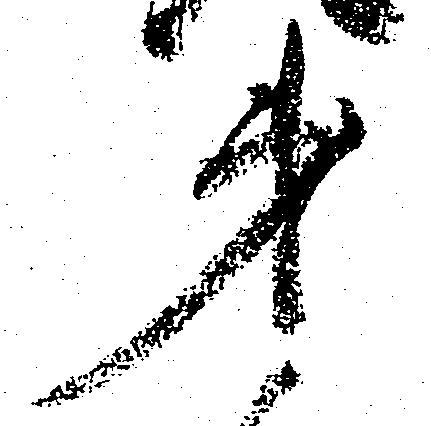
第